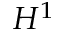
H ^ { 1 }